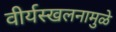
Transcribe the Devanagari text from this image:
वीर्यस्खलनामुळे